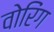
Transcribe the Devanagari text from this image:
वोरिंग